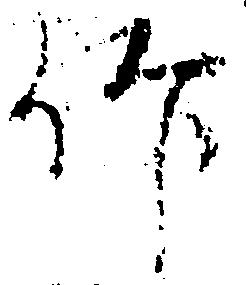
仰